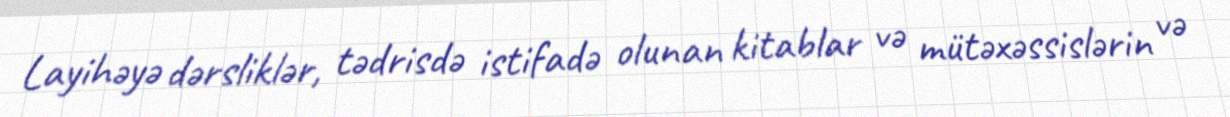
Layihəyə dərsliklər, tədrisdə istifadə olunan kitablar və mütəxəssislərin və